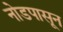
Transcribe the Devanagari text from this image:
नोडपासून